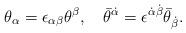
LaTeX: \begin{align*}\theta_{\alpha} = \epsilon_{\alpha\beta} \theta^{\beta}, \quad \bar{\theta}^{\dot{\alpha}} = \epsilon^{\dot{\alpha}\dot{\beta}} \bar{ \theta}_{\dot{\beta}}.\end{align*}